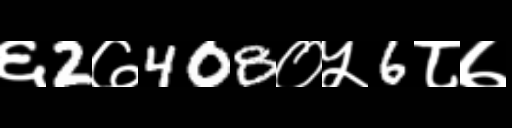
Text: ६2७408०५6८७